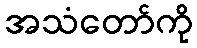
အသံတော်ကို